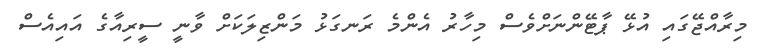
މިރާއްޖޭގައި އުޅޭ ޕާޓޭންނަށްވެސް މިހާރު އެންމެ ރަނގަޅު މަންޒިލަކަށް ވާނީ ސީރިއާގެ އައިއެސް